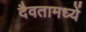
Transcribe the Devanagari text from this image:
दैवतामध्यें